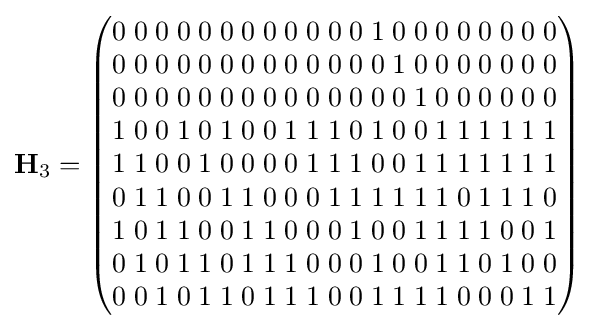
\mathbf {H} _{3}={\begin{pmatrix}0\;0\;0\;0\;0\;0\;0\;0\;0\;0\;0\;0\;1\;0\;0\;0\;0\;0\;0\;0\;0\\0\;0\;0\;0\;0\;0\;0\;0\;0\;0\;0\;0\;0\;1\;0\;0\;0\;0\;0\;0\;0\\0\;0\;0\;0\;0\;0\;0\;0\;0\;0\;0\;0\;0\;0\;1\;0\;0\;0\;0\;0\;0\\1\;0\;0\;1\;0\;1\;0\;0\;1\;1\;1\;0\;1\;0\;0\;1\;1\;1\;1\;1\;1\\1\;1\;0\;0\;1\;0\;0\;0\;0\;1\;1\;1\;0\;0\;1\;1\;1\;1\;1\;1\;1\\0\;1\;1\;0\;0\;1\;1\;0\;0\;0\;1\;1\;1\;1\;1\;1\;0\;1\;1\;1\;0\\1\;0\;1\;1\;0\;0\;1\;1\;0\;0\;0\;1\;0\;0\;1\;1\;1\;1\;0\;0\;1\\0\;1\;0\;1\;1\;0\;1\;1\;1\;0\;0\;0\;1\;0\;0\;1\;1\;0\;1\;0\;0\\0\;0\;1\;0\;1\;1\;0\;1\;1\;1\;0\;0\;1\;1\;1\;1\;0\;0\;0\;1\;1\end{pmatrix}}